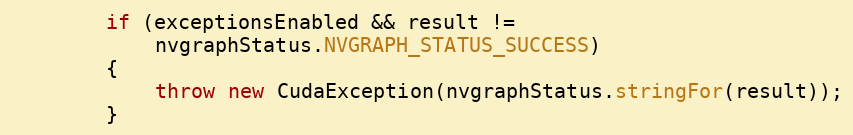
Language: Java
        if (exceptionsEnabled && result !=
            nvgraphStatus.NVGRAPH_STATUS_SUCCESS)
        {
            throw new CudaException(nvgraphStatus.stringFor(result));
        }